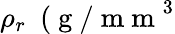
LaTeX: \rho_{r}~\mathrm{~(~g~/~m~m~}^{3}